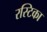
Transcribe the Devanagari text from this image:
रस्टिका